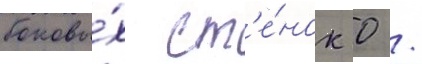
боковы́х ст'е́нок 0 /